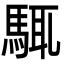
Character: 𩣘